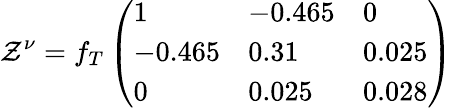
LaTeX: \mathcal{Z}^{\nu}=f_{T}\left(\begin{array}{lll}{{1}}&{{-0.465}}&{{0}}\\ {{-0.465}}&{{0.31}}&{{0.025}}\\ {{0}}&{{0.025}}&{{0.028}}\end{array}\right)